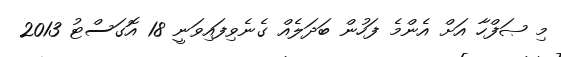
މި ޞަފްހާ އަށް އެންމެ ފަހުން ބަދަލެއް ގެނެވިފައިވަނީ 18 އޮގަސްޓު 2013